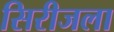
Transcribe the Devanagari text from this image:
सिरीजला